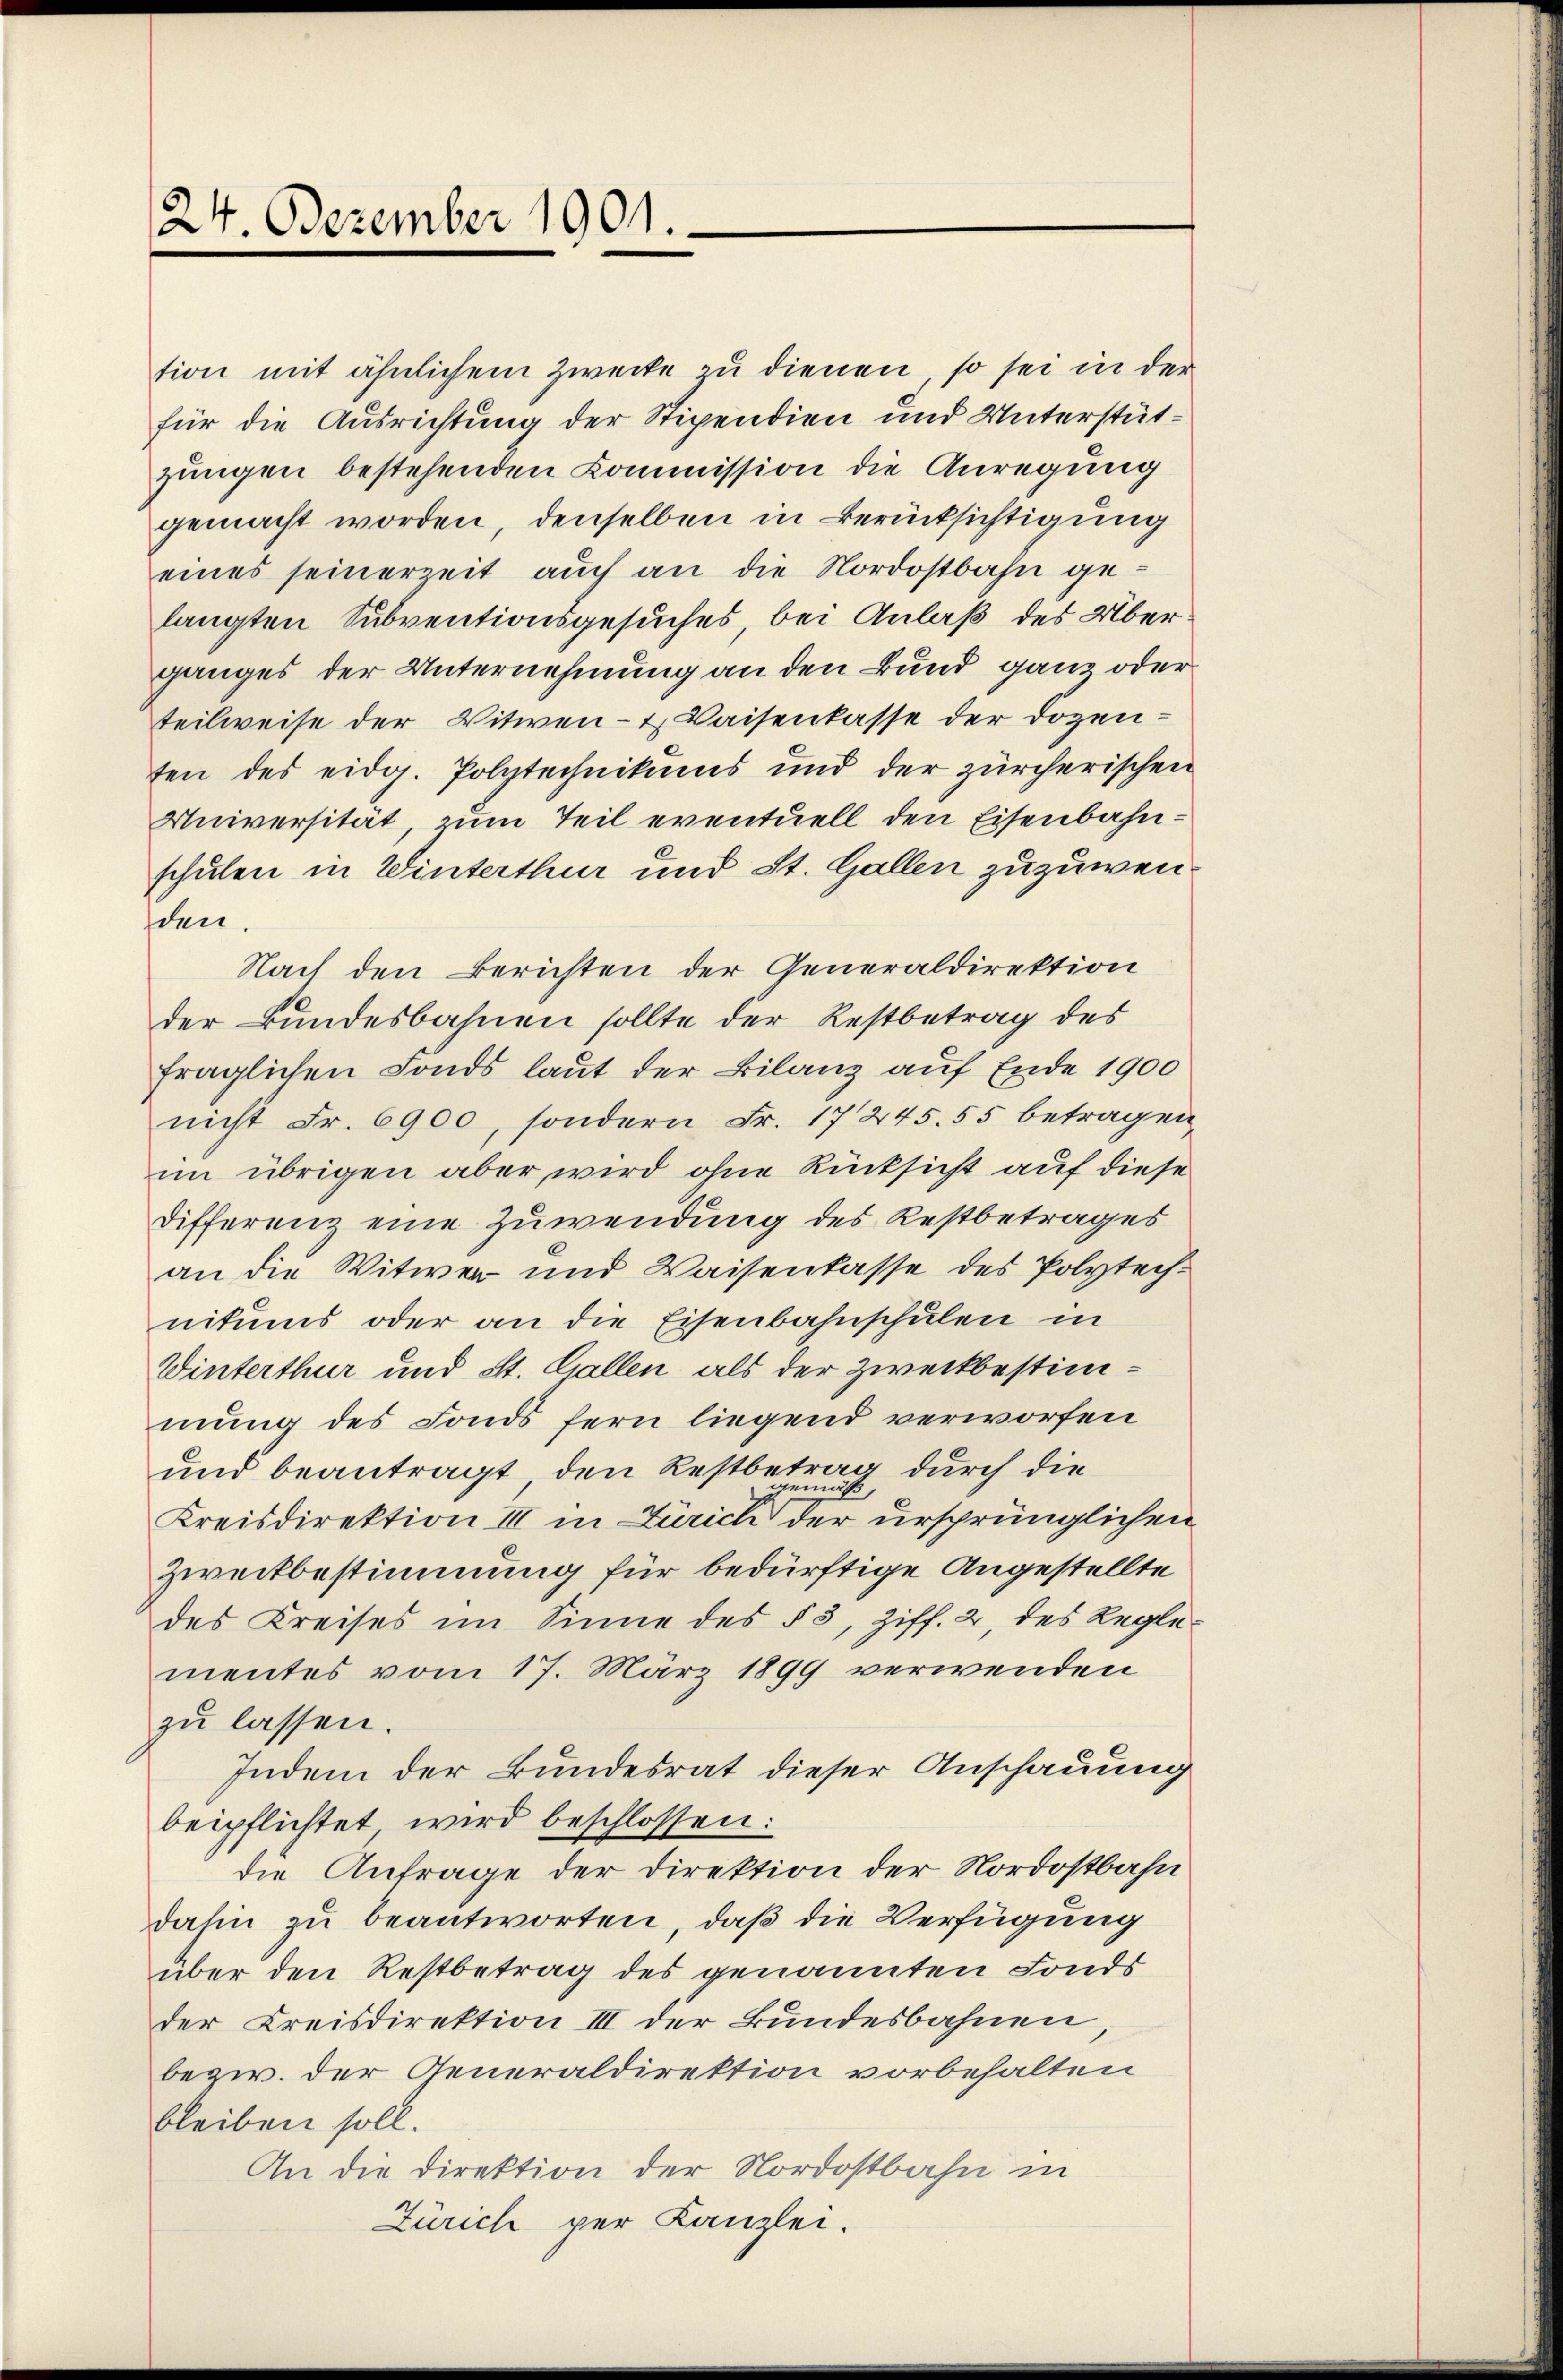
24. Dezember 1901.

tion mit ähnlichem Zwecke zu dienen, so sei in der
für die Ausrichtung der Stipendien und Unterstützungen bestehenden Commission die Anregung
gemacht worden, denselben in Berücksichtigung
eines seinerzeit auch an die Nordostbahn gelangten Subventionsgesuches, bei Anlaß des Über
ganges der Unternehmung an den Bund ganz oder
teilweise der Witwen- & Waisenkasse der Dozenten des eidg. Polytechnikums und der zürcherischen
Universität zum Teil eventuell den Eisenbahnschulen in Winterthur und St. Gallen zuzuwenden.
Nach den Berichten der Generaldirektion
der Bundesbahnen sollte der Restbetrag des
fraglichen Fonds laut der Bilanz auf Ende 1900
nicht Fr. 6900, sondern Fr. 17245. 55 betragen,
im übrigen aber wird ohne Rücksicht auf diese
Differenz eine Zuwendung des Restbetrages
an die Witwer und Waisenkasse des Polytechnitums oder an die Eisenbahnschulen in
Winterthur und St. Gallen als der Zweckbestimmung des Fonds fern liegend verworfen
und beantragt, den Restbetrag durch die
gemäß,
Kreisdirektion III in Zürich der ursprünglichen
Zweckbestimmung für bedürftige Angestellte
des Kreises im Sinne des § 3, Ziff. 2, des Reglementes vom 17. März 1899 verwenden
zu lassen.
Indem der Bundesrat dieser Anschauung
beipflichtet wird beschlossen:
die Anfrage der Direktion der Nordostbahn
dahin zu beantworten, daß die Verfügung
über den Restbetrag des genannten Fonds
der Kreisdirektion III der Bundesbahnen
bezw. der Generaldirektion vorbehalten
bleiben soll.
An die Direktion der Nordostbahn in
Zürich per Kanzlei.